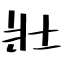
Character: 壯